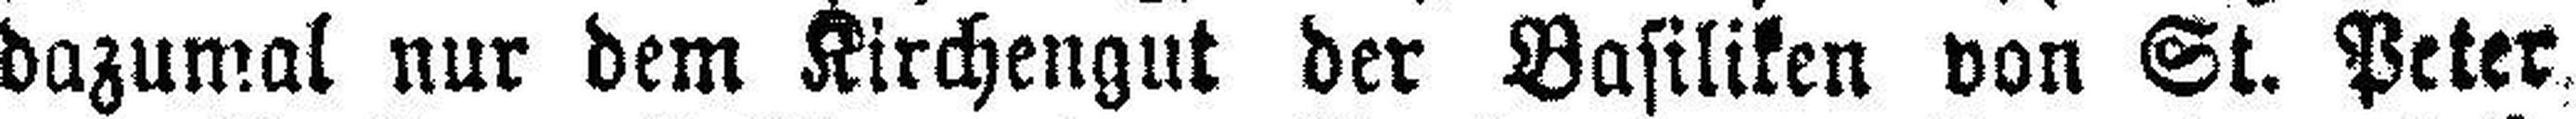
dazumal nur dem Kirchengut der Basiliken von St. Peter